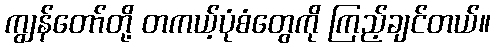
ကျွန်တော်တို့ တကယ့်ပုံစံတွေကို ကြည့်ချင်တယ်။